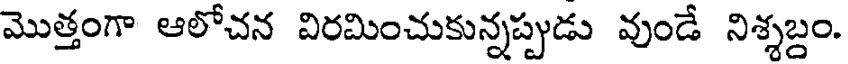
మొత్తంగా ఆలోచన విరమించుకున్నప్పుడు వుండే నిశ్శబ్దం.